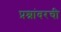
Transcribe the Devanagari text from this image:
प्रश्नांवरची